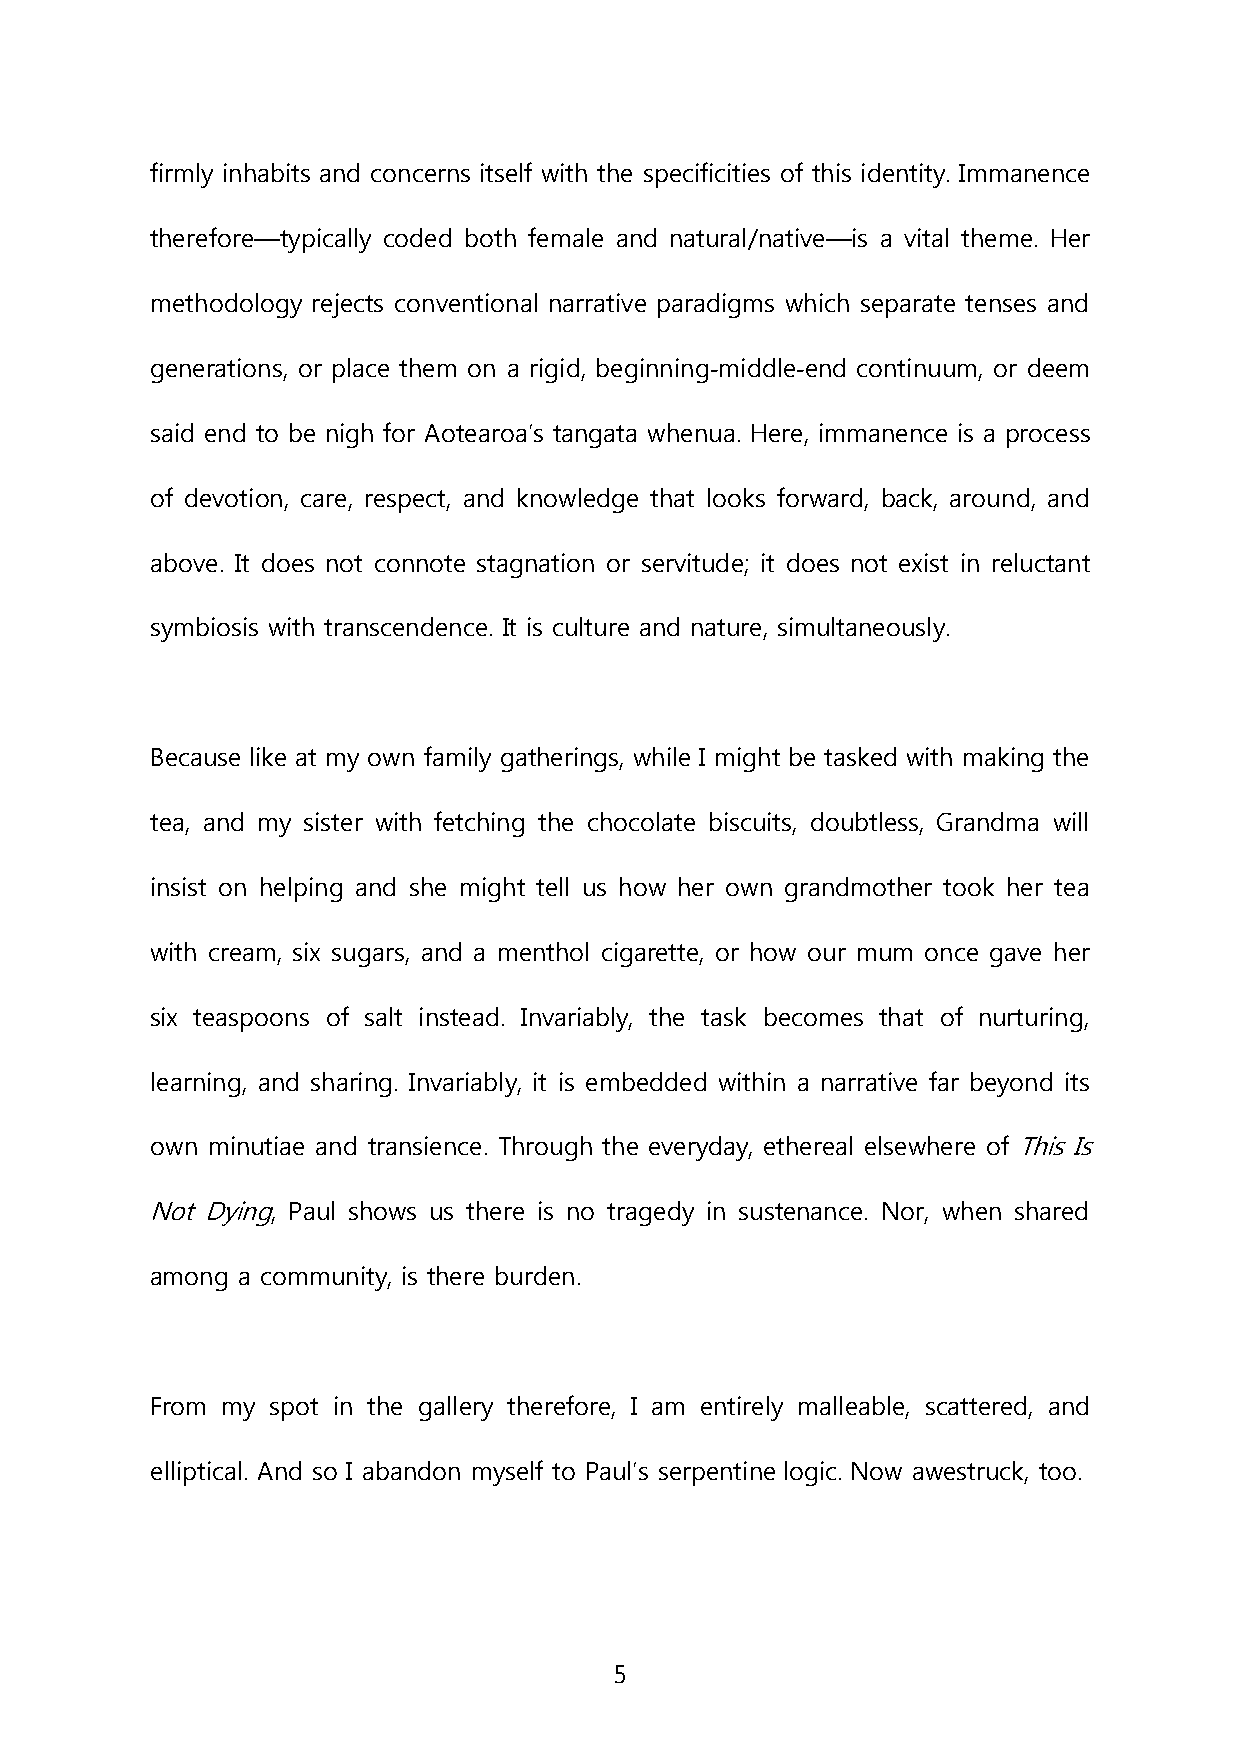
firmly inhabits and concerns itself with the specificities of this identity. Immanence
 therefore—typically coded both female and natural/native—is a vital theme. Her
 methodology rejects conventional narrative paradigms which separate tenses and
 generations, or place them on a rigid, beginning-middle-end continuum, or deem
 said end to be nigh for Aotearoa’s tangata whenua. Here, immanence is a process
 of devotion, care, respect, and knowledge that looks forward, back, around, and
 above. It does not connote stagnation or servitude; it does not exist in reluctant
 symbiosis with transcendence. It is culture and nature, simultaneously.
 Because like at my own family gatherings, while I might be tasked with making the
 tea, and my sister with fetching the chocolate biscuits, doubtless, Grandma will
 insist on helping and she might tell us how her own grandmother took her tea
 with cream, six sugars, and a menthol cigarette, or how our mum once gave her
 six teaspoons of salt instead. Invariably, the task becomes that of nurturing,
 learning, and sharing. Invariably, it is embedded within a narrative far beyond its
 own minutiae and transience. Through the everyday, ethereal elsewhere of This Is
 Not Dying, Paul shows us there is no tragedy in sustenance. Nor, when shared
 among a community, is there burden.
 From my spot in the gallery therefore, I am entirely malleable, scattered, and
 elliptical. And so I abandon myself to Paul’s serpentine logic. Now awestruck, too.
 5